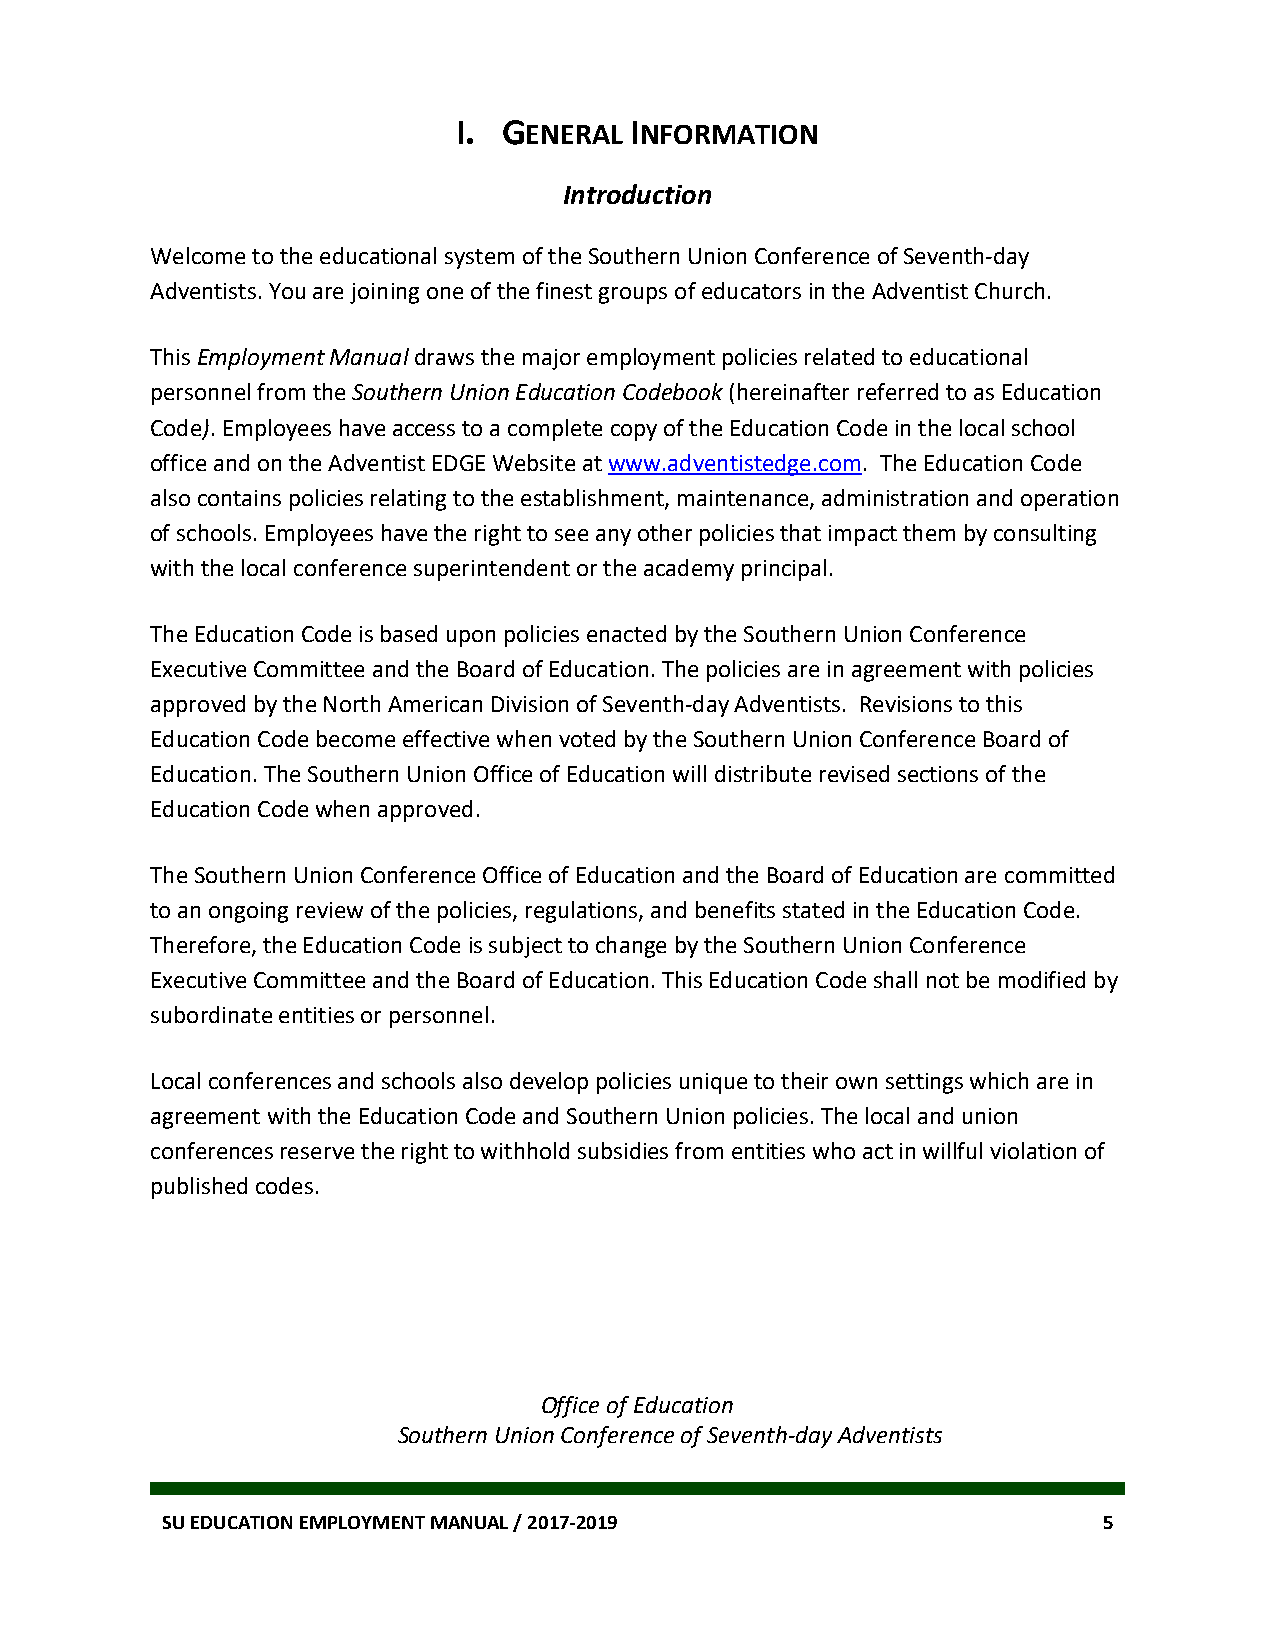
I. GENERAL  INFORMATION
 Introduction
 Welcome to the educational system of the Southern Union Conference of Seventh-day
 Adventists. You are joining one of the finest groups of educators in the Adventist Church.
 This Employment Manual draws the major employment policies related to educational
 personnel from the Southern Union Education Codebook (hereinafter referred to as Education
 Code). Employees have access to a complete copy of the Education Code in the local school
 office and on the Adventist EDGE Website at www.adventistedge.com. The Education Code
 also contains policies relating to the establishment, maintenance, administration and operation
 of schools. Employees have the right to see any other policies that impact them by consulting
 with the local conference superintendent or the academy principal.
 The Education Code is based upon policies enacted by the Southern Union Conference
 Executive Committee and the Board of Education. The policies are in agreement with policies
 approved by the North American Division of Seventh-day Adventists. Revisions to this
 Education Code become effective when voted by the Southern Union Conference Board of
 Education. The Southern Union Office of Education will distribute revised sections of the
 Education Code when approved.
 The Southern Union Conference Office of Education and the Board of Education are committed
 to an ongoing review of the policies, regulations, and benefits stated in the Education Code.
 Therefore, the Education Code is subject to change by the Southern Union Conference
 Executive Committee and the Board of Education. This Education Code shall not be modified by
 subordinate entities or personnel.
 Local conferences and schools also develop policies unique to their own settings which are in
 agreement with the Education Code and Southern Union policies. The local and union
 conferences reserve the right to withhold subsidies from entities who act in willful violation of
 published codes.
 Office of Education
 Southern Union Conference of Seventh-day Adventists
 SU EDUCATION EMPLOYMENT MANUAL / 2017-2019                    5